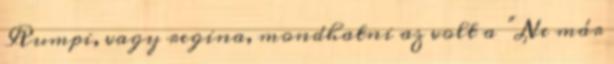
Rumpi, vagy regina, mondhatni az volt a “Ne már